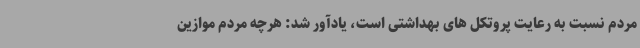
مردم نسبت به رعایت پروتکل های بهداشتی است، یادآور شد: هرچه مردم موازین